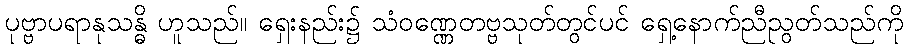
ပုဗ္ဗာပရာနုသန္ဓိ ဟူသည်။ ရှေးနည်း၌ သံဝဏ္ဏေတဗ္ဗသုတ်တွင်ပင် ရှေ့နောက်ညီညွတ်သည်ကို